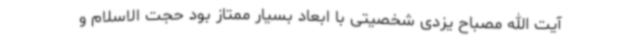
آیت الله مصباح یزدی شخصیتی با ابعاد بسیار ممتاز بود حجت الاسلام و